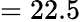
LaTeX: =22.5